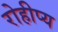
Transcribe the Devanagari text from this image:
रोहीप्य